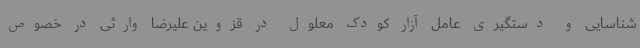
شناسایی و دستگیری عامل آزار کودک معلول در قزوین علیرضا وارثی در خصوص